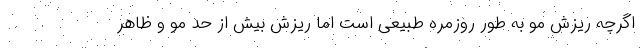
اگرچه ریزش مو به طور روزمره طبیعی است اما ریزش بیش از حد مو و ظاهر